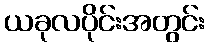
ယခုလပိုင်းအတွင်း